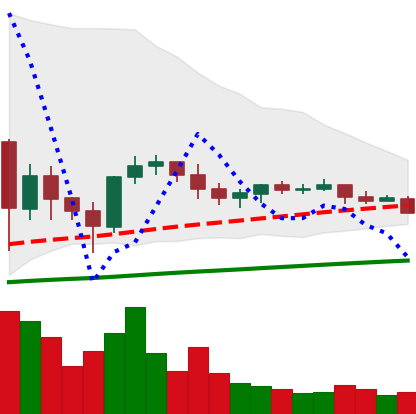
Ticker: ETC-USD
Chart end date: 2021-06-07
Forward return: -4.487%
Label: down_3_5